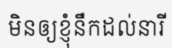
មិនឲ្យខ្ញុំនឹកដល់នារី